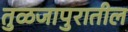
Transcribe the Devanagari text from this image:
तुळजापुरातील